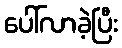
ပေါ်လာခဲ့ပြီး